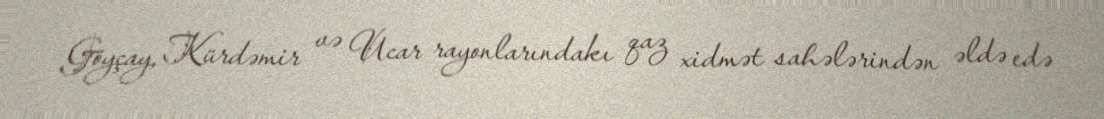
Göyçay, Kürdəmir və Ucar rayonlarındakı qaz xidmət sahələrindən əldə edə